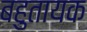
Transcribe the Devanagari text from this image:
बहुतायक